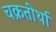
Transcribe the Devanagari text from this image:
चक्रतीर्था